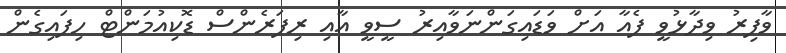
ވާފިރު ވިދާޅުވީ ފެއާ އަށް ވަޑައިގަންނަވާއިރު ސީވީ އާއި ރިފަރެންސް ޑޮކިއުމަންޓް ހިފައިގެން